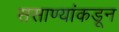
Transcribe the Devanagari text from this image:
ससाण्यांकडून